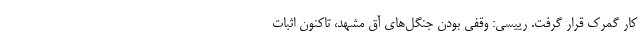
کار گمرک قرار گرفت. رییسی: وقفی بودن جنگل‌های آق مشهد، تاکنون اثبات